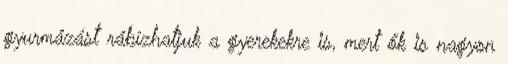
gyurmázást rábízhatjuk a gyerekekre is, mert ők is nagyon